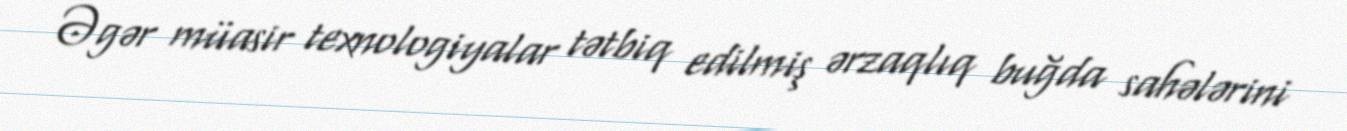
Əgər müasir texnologiyalar tətbiq edilmiş ərzaqlıq buğda sahələrini